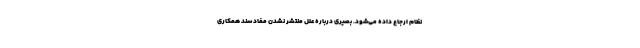
نظام ارجاع داده می‌شود. بصیری درباره علل منتشر نشدن مفاد سند همکاری